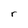
Character: r